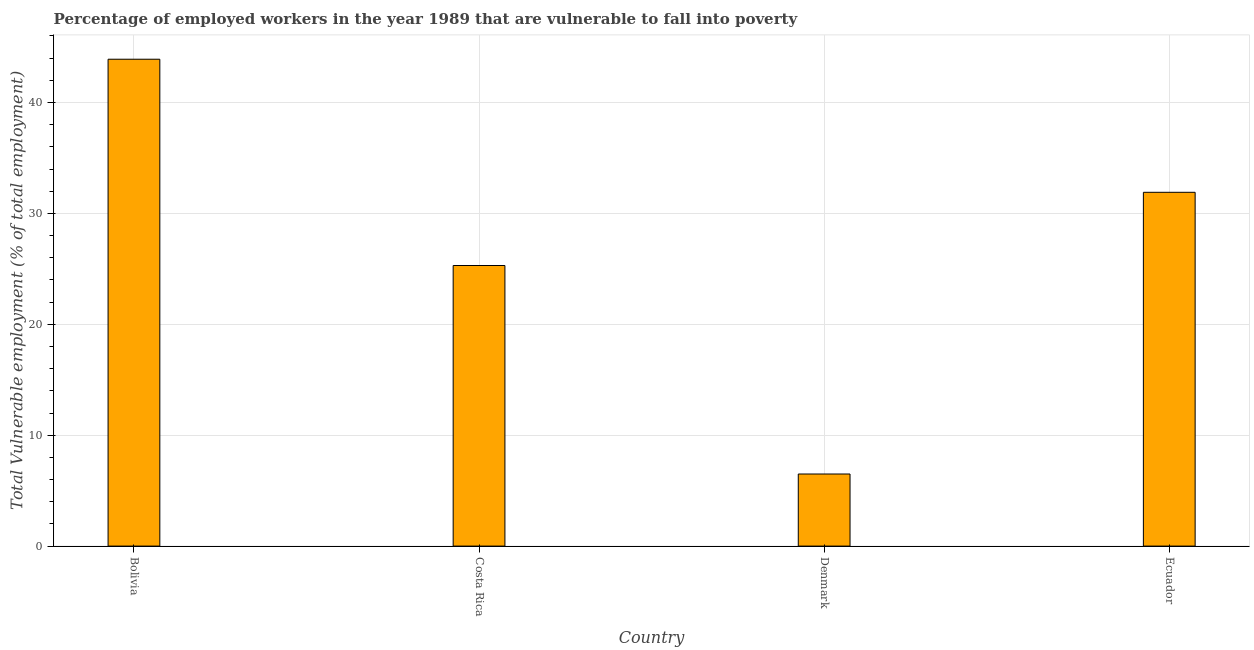
| Country | Vulnerable employment |
 | --- | --- |
 | Bolivia | 43.9 |
 | Costa Rica | 25.3 |
 | Denmark | 6.5 |
 | Ecuador | 31.9 |